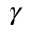
\gamma